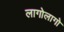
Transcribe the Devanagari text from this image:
लागोलागो